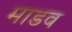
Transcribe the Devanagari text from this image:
माडव